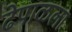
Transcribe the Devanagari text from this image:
ढेपाळला